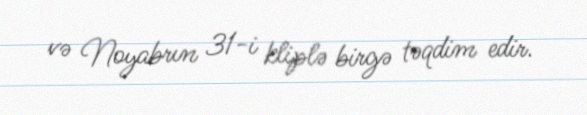
və Noyabrın 31-i kliplə birgə təqdim edir.